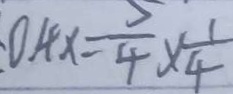
0 . 4 x = \frac { 5 } { 4 } \times \frac { 1 } { 4 }